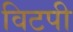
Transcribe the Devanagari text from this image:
विटपी